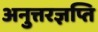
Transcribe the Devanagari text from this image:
अनुत्तरज्ञप्ति